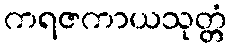
ကရဇကာယသုတ္တံ